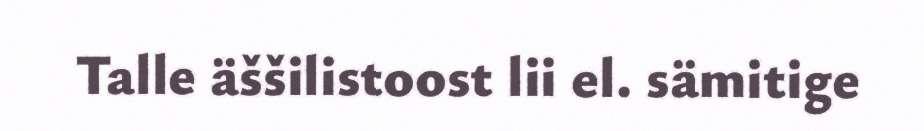
Talle äššilistoost lii el. sämitige